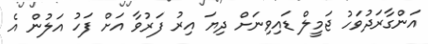
އަންގާރަދުވަހު ޖަމީލް ޑައިވިނަށް ދިޔަ އިރު ފަރުވާ އަށް ފަހު އަލުން އެ